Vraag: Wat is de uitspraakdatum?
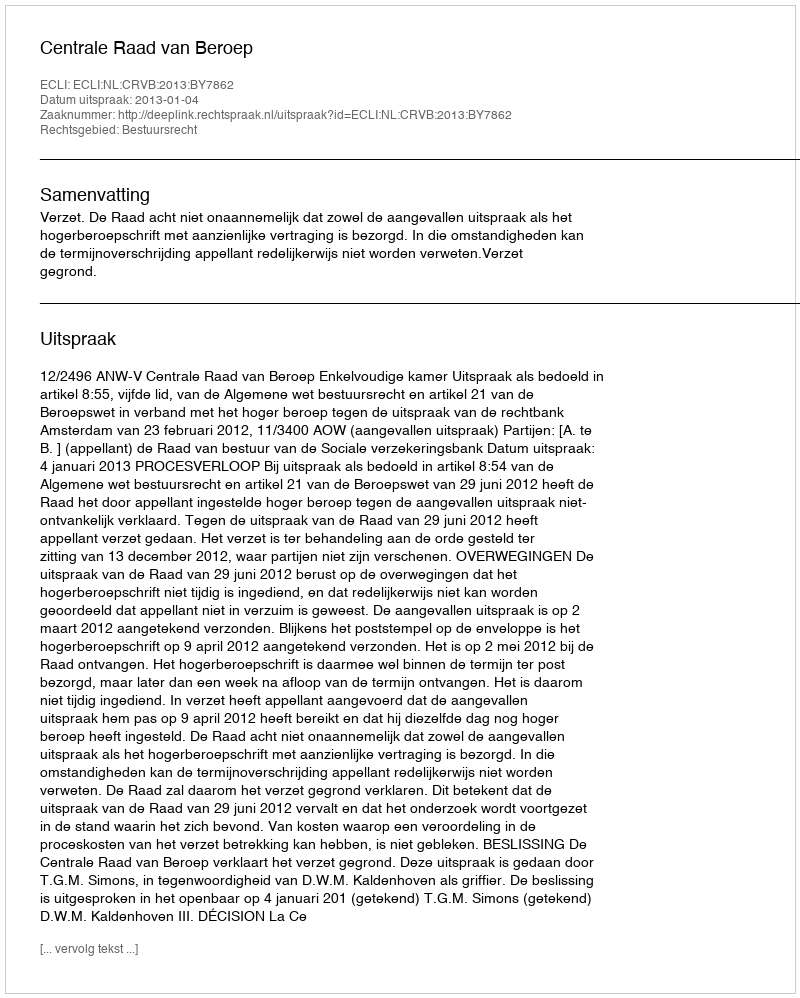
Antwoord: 2013-01-04